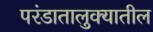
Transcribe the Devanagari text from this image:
परंडातालुक्यातील